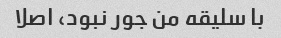
با سلیقه من جور نبود، اصلا